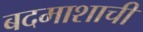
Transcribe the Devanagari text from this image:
बदमाशाची